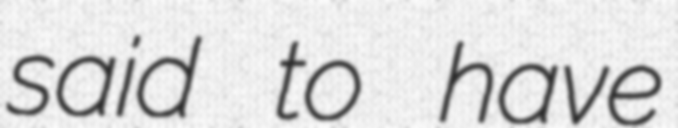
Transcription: said to have